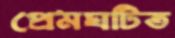
প্রেমঘটিত